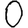
Digit: 0